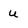
Character: u